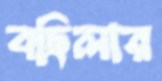
বছিলার